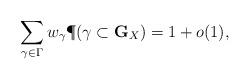
LaTeX: \begin{align*}\sum_{\gamma \in \Gamma} w_\gamma \P( \gamma \subset {\mathbf G}_X ) = 1 + o(1),\end{align*}